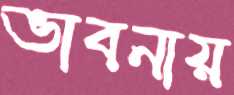
ভাবনায়